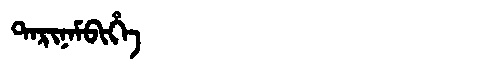
Manchu: ᡨᠠᡵᡳᠨᠠᠮᠪᡳᡥᡝ
Romanization: TARINAMBIHE